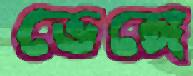
ভেঙ্গে